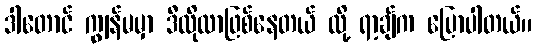
ဒါတောင် ကျွန်မမှာ ဒီလိုလာဖြစ်နေတယ် လို့ ရာ့ချ်က ပြောပါတယ်။